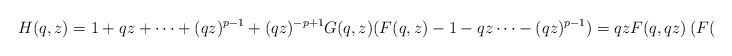
LaTeX: \begin{align*} H(q,z)=1+qz+\dots+(qz)^{p-1}+(qz)^{-p+1}G(q,z)(F(q,z)-1-qz\dots-(qz)^{p-1})=qzF(q,qz)\left(F(q,z)-frac{1-(qz)^p}{1-qz}\right).\end{align*}